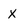
Character: x